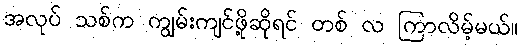
အလုပ် သစ်က ကျွမ်းကျင်ဖို့ဆိုရင် တစ် လ ကြာလိမ့်မယ်။